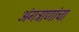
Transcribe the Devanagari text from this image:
अंगत्राणांचा